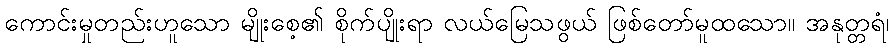
ကောင်းမှုတည်းဟူသော မျိုးစေ့၏ စိုက်ပျိုးရာ လယ်မြေသဖွယ် ဖြစ်တော်မူထသော။ အနုတ္တရံ၊